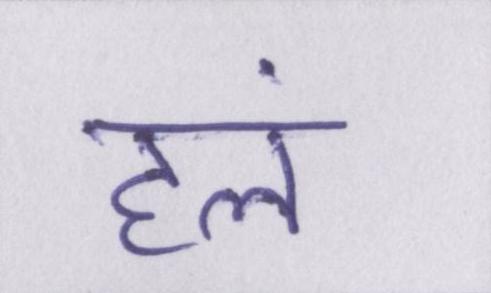
हलं